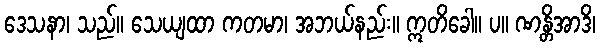
ဒေသနာ၊ သည်။ သေယျထာ ကတမာ၊ အဘယ်နည်း။ ဣတိခေါ။ ပ။ ဏန္တိအာဒိ၊